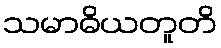
သမာဓိယတူတိ